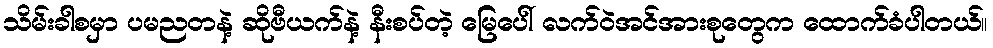
သိမ်းခါစမှာ ပမညတနဲ့ ဆိုဗီယက်နဲ့ နီးစပ်တဲ့ မြေပေါ် လက်ဝဲအင်အားစုတွေက ထောက်ခံပါတယ်။